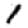
Digit: 1